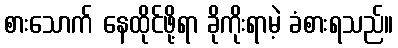
စားသောက် နေထိုင်ဖို့ရာ ခိုကိုးရာမဲ့ ခံစားရသည်။